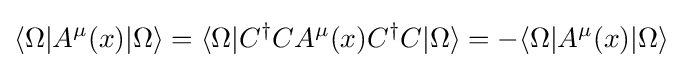
\langle \Omega |A^{\mu }(x)|\Omega \rangle =\langle \Omega |C^{\dagger }CA^{\mu }(x)C^{\dagger }C|\Omega \rangle =-\langle \Omega |A^{\mu }(x)|\Omega \rangle